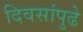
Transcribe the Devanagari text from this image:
दिवसांपुढे